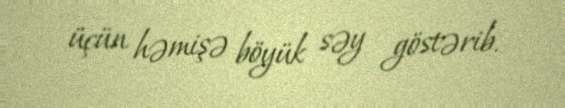
üçün həmişə böyük səy göstərib.